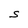
Character: S